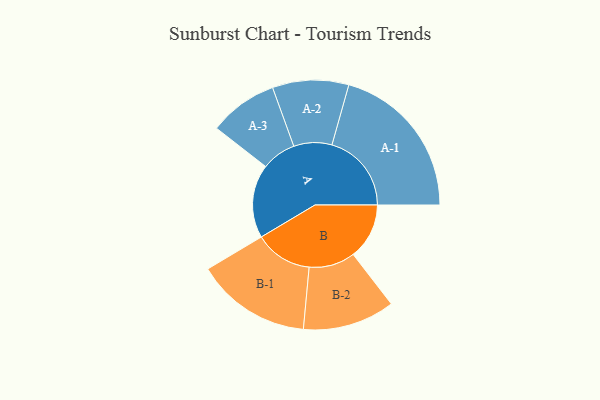
{"axis": {"x": "Segment", "y": "Value"}, "legend": ["", "A", "B"], "data": [{"x": "A", "y": 222, "type": ""}, {"x": "B", "y": 169, "type": ""}, {"x": "A-1", "y": 240, "type": "A"}, {"x": "A-2", "y": 115, "type": "A"}, {"x": "A-3", "y": 104, "type": "A"}, {"x": "B-1", "y": 174, "type": "B"}, {"x": "B-2", "y": 139, "type": "B"}]}